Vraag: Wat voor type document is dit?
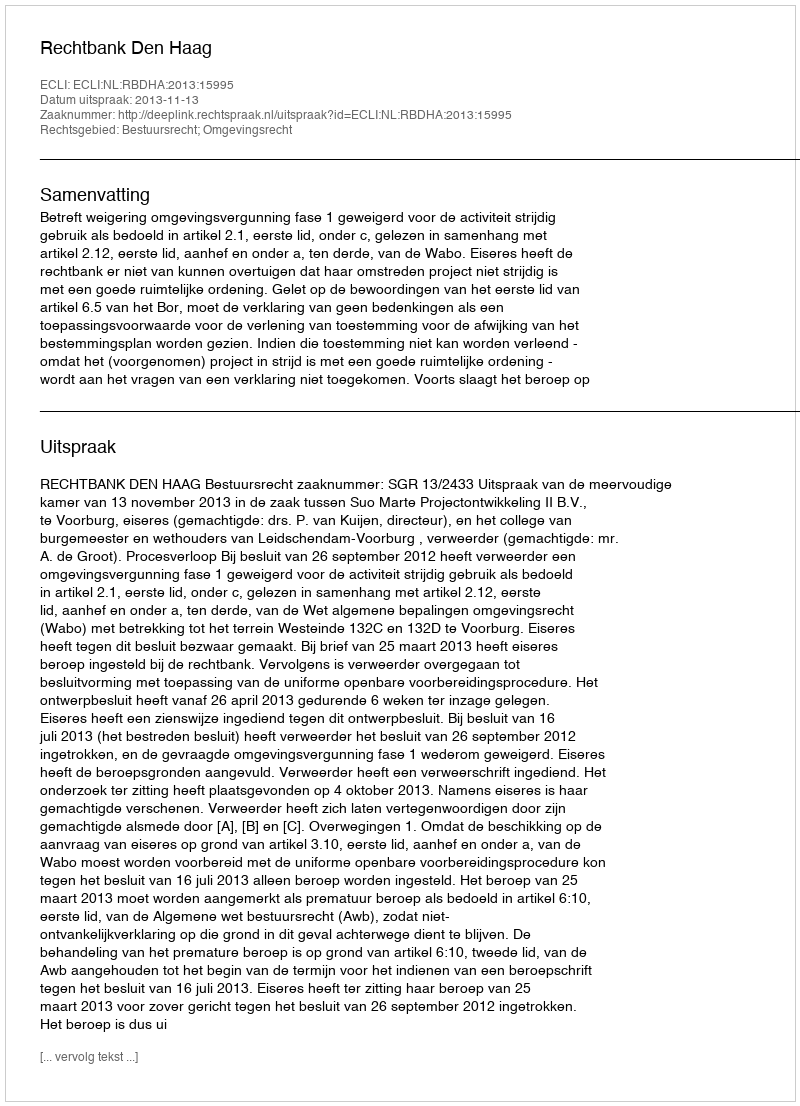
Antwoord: Uitspraak